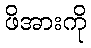
ဖိအားကို